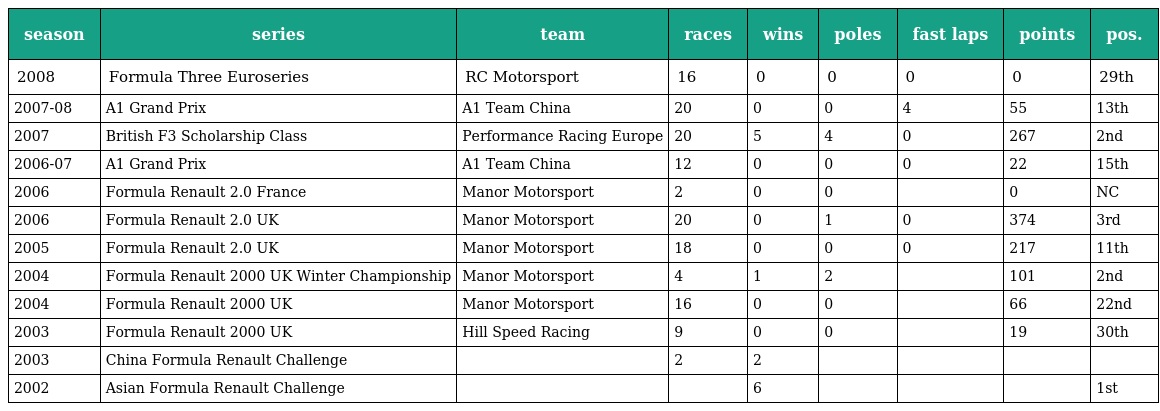
| season | series | team | races | wins | poles | fast laps | points | pos. |
 | --- | --- | --- | --- | --- | --- | --- | --- | --- |
 | 2008 | Formula Three Euroseries | RC Motorsport | 16 | 0 | 0 | 0 | 0 | 29th |
 | 2007-08 | A1 Grand Prix | A1 Team China | 20 | 0 | 0 | 4 | 55 | 13th |
 | 2007 | British F3 Scholarship Class | Performance Racing Europe | 20 | 5 | 4 | 0 | 267 | 2nd |
 | 2006-07 | A1 Grand Prix | A1 Team China | 12 | 0 | 0 | 0 | 22 | 15th |
 | 2006 | Formula Renault 2.0 France | Manor Motorsport | 2 | 0 | 0 |  | 0 | NC |
 | 2006 | Formula Renault 2.0 UK | Manor Motorsport | 20 | 0 | 1 | 0 | 374 | 3rd |
 | 2005 | Formula Renault 2.0 UK | Manor Motorsport | 18 | 0 | 0 | 0 | 217 | 11th |
 | 2004 | Formula Renault 2000 UK Winter Championship | Manor Motorsport | 4 | 1 | 2 |  | 101 | 2nd |
 | 2004 | Formula Renault 2000 UK | Manor Motorsport | 16 | 0 | 0 |  | 66 | 22nd |
 | 2003 | Formula Renault 2000 UK | Hill Speed Racing | 9 | 0 | 0 |  | 19 | 30th |
 | 2003 | China Formula Renault Challenge |  | 2 | 2 |  |  |  |  |
 | 2002 | Asian Formula Renault Challenge |  |  | 6 |  |  |  | 1st |